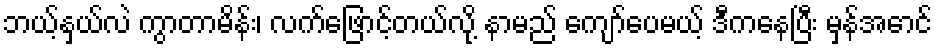
ဘယ့်နှယ်လဲ ကွာတာမိန်း၊ လက်ဖြောင့်တယ်လို့ နာမည် ကျော်ပေမယ့် ဒီကနေပြီး မှန်အောင်